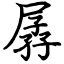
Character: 孱